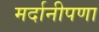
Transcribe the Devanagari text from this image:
मर्दानीपणा